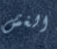
الغش